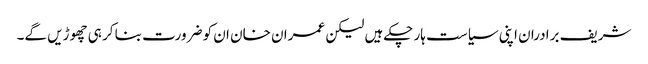
شریف برادران اپنی سیاست ہار چکےہیں لیکن عمران خان ان کو ضرورت بنا کر ہی چھوڑیں گے۔